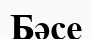
Бәсе